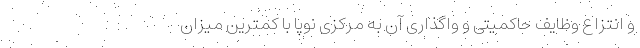
و انتزاع وظایف حاکمیتی و واگذاری آن به مرکزی نوپا با کمترین میزان